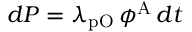
d P = \lambda _ { \mathrm { p O } } \, \phi ^ { \mathrm { A } } \, d t